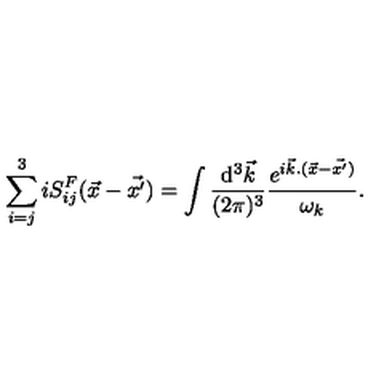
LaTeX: \sum _ { i = j } ^ { 3 } i S _ { i j } ^ { F } ( { \vec { x } } - { \vec { x ^ { \prime } } } ) = \int { \frac { \mathrm { d } ^ { 3 } { \vec { k } } } { ( 2 \pi ) ^ { 3 } } } { { \frac { e ^ { i { \vec { k } } . ( { \vec { x } } - { \vec { x ^ { \prime } } ) } } } { \omega _ { k } } } } .